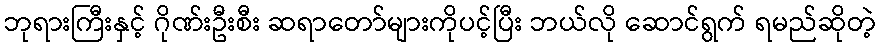
ဘုရားကြီးနှင့် ဂိုဏ်းဦးစီး ဆရာတော်များကိုပင့်ပြီး ဘယ်လို ဆောင်ရွက် ရမည်ဆိုတဲ့